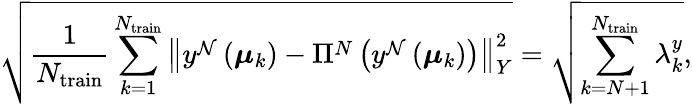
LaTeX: \sqrt{\frac{1}{N_{\mathrm{train}}}\sum_{k=1}^{N_{\mathrm{train}}}\left\| y^{\mathcal{N}}\left(\boldsymbol{\mu}_{k}\right)-\Pi^{N}\left(y^{\mathcal{N}}\left(\boldsymbol{\mu}_{k}\right)\right)\right\| _{{Y}}^{2}}=\sqrt{\sum_{k=N+1}^{N_{\mathrm{train}}}\lambda_{k}^{y}},